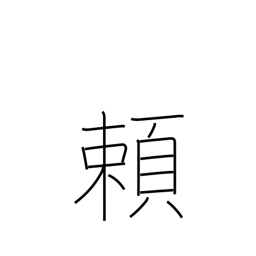
Meaning: trust